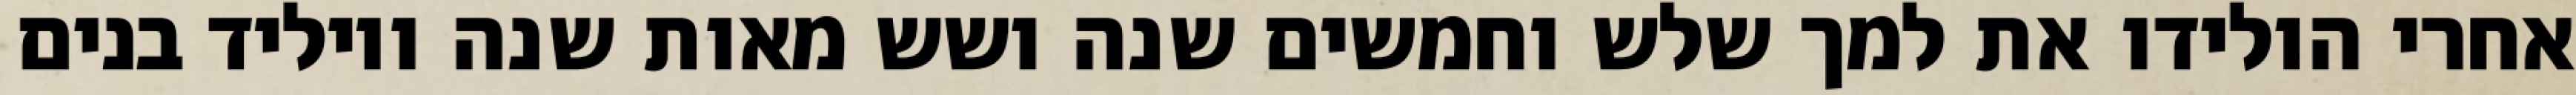
אחרי הולידו את למך שלש וחמשים שנה ושש מאות שנה ויוליד בנים